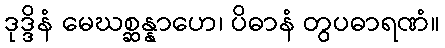
ဒုဒ္ဒိနံ မေဃစ္ဆန္နာဟေ၊ ပိဓာနံ တွပဓာရဏံ။